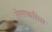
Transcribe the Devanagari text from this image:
तेलाकरिता